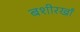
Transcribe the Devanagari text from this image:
बशीरखाँ